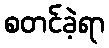
စတင်ခဲ့ရာ